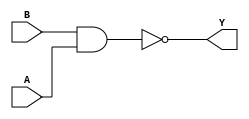
module sky130_fd_sc_hd__nand2 (
    Y,
    A,
    B
);

    // Module ports
    output Y;
    input  A;
    input  B;

    // Module supplies
    supply1 VPWR;
    supply0 VGND;
    supply1 VPB ;
    supply0 VNB ;

    // Local signals
    wire nand0_out_Y;

    //   Name   Output       Other arguments
    nand nand0 (nand0_out_Y, B, A           );
    buf  buf0  (Y          , nand0_out_Y    );

endmodule